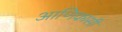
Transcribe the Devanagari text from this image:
आणिकांसी